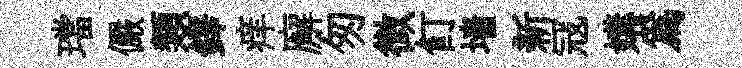
璫儼類鐸痒廨匆微飣墙新冦媾爲